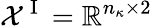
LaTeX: \mathcal{X}^{\mathrm{~I~}}=\mathbb{R}^{n_{\kappa}\times 2}